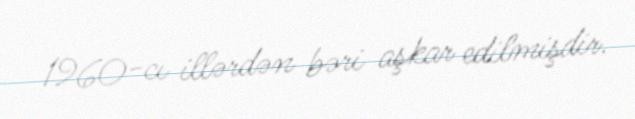
1960-cı illərdən bəri aşkar edilmişdir.